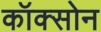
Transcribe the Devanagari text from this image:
कॉक्सोन